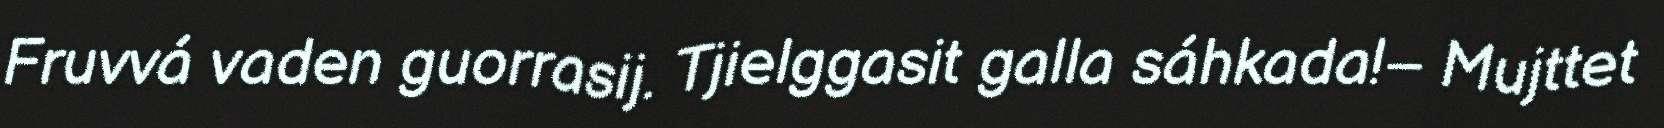
Fruvvá vaden guorrasij. Tjielggasit galla sáhkada!– Mujttet